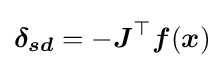
{\boldsymbol {\delta _{sd}}}=-{\boldsymbol {J}}^{\top }{\boldsymbol {f}}({\boldsymbol {x}})